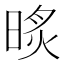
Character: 𣇧